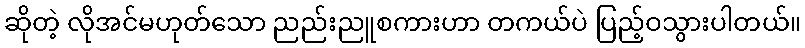
ဆိုတဲ့ လိုအင်မဟုတ်သော ညည်းညူစကားဟာ တကယ်ပဲ ပြည့်ဝသွားပါတယ်။